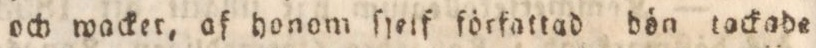
och wacket, af honom ſjeif författad bön tackade